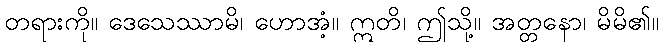
တရားကို။ ဒေသေဿာမိ၊ ဟောအံ့။ ဣတိ၊ ဤသို့။ အတ္တနော၊ မိမိ၏။